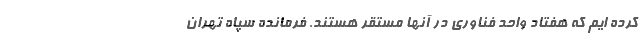
کرده ایم که هفتاد واحد فناوری در آنها مستقر هستند. فرمانده سپاه تهران